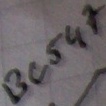
Text: BC547